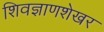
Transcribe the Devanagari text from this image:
शिवज्ञाणशेखर